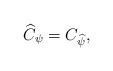
\begin{align*}\widehat{C}_{\psi} = C_{\widehat{\psi}} ,\end{align*}